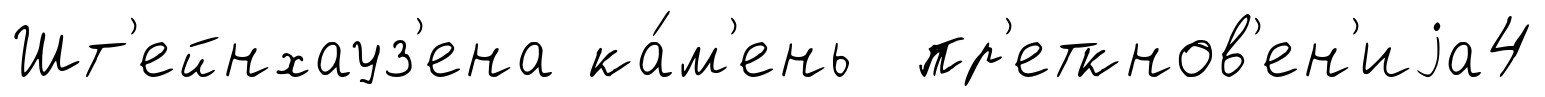
Шт'ейнхауз'ена ка́м'ень пр'еткнов'ен'иjа4